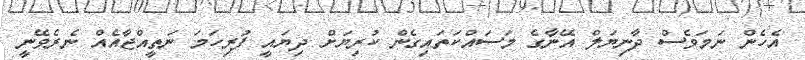
އެހެން ނަމަވެސް ދާނިޔަލް އޭނާގެ މަސައްކަތައިގެން ކުރިޔަށް ދިޔައީ ފުރިހަމަ ނަތީއްޖާއެއް ނެރެވޭނީ